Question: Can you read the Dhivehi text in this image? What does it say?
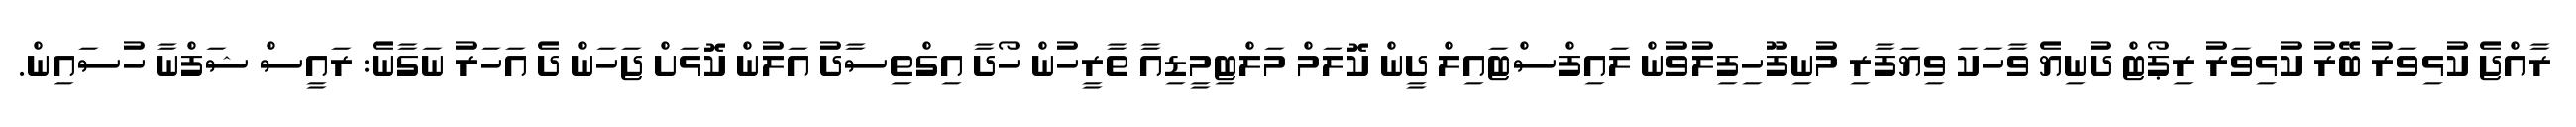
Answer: ރާއްޖެ ކުޅިވަރު ބޭރު ކުޅިވަރު ރިޕޯޓް ދުނިޔެ ވާހަކަ ވިޔަފާރި މުނިފޫހިފިލުވުން ލައިފްސްޓައިލް ދީން ކޮލަމް މަލްޓިމީޑިއާ ތާރީހުން ހޯދާ އިގްތިސާދު އަލުން ކޮޅަށް ޖަހަން ދެ އަހަރު ނަގާނެ: ރައީސް ޝަފްނާ ހުސައިން.